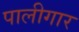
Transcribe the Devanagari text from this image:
पालीगार